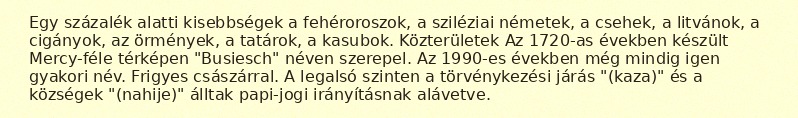
Egy százalék alatti kisebbségek a fehéroroszok, a sziléziai németek, a csehek, a litvánok, a cigányok, az örmények, a tatárok, a kasubok. Közterületek Az 1720-as években készült Mercy-féle térképen "Busiesch" néven szerepel. Az 1990-es években még mindig igen gyakori név. Frigyes császárral. A legalsó szinten a törvénykezési járás "(kaza)" és a községek "(nahije)" álltak papi-jogi irányításnak alávetve.